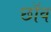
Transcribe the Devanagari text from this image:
छाॅव